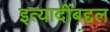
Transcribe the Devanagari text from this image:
इत्यादींबद्दल